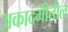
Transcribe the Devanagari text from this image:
अकादमीतील